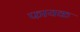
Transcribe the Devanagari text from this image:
फायक